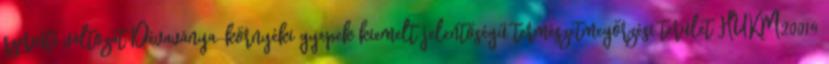
szerinti változat Dévaványa-környéki gyepek kiemelt jelentőségű természetmegőrzési terület HUKM20014